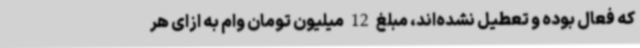
که فعال بوده و تعطیل نشده‌اند، مبلغ 12 میلیون تومان وام به ازای هر